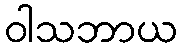
ဝါသဘာယ